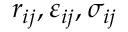
r _ { i j } , \varepsilon _ { i j } , \sigma _ { i j }